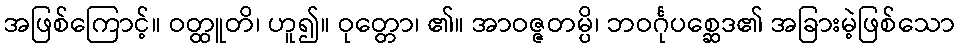
အဖြစ်ကြောင့်။ ဝတ္ထူတိ၊ ဟူ၍။ ဝုတ္တော၊ ၏။ အာဝဇ္ဇတမ္ပိ၊ ဘဝင်္ဂုပစ္ဆေဒ၏ အခြားမဲ့ဖြစ်သော